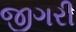
જીગરી